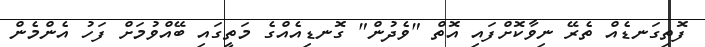
ފޮތިގަނޑެއް ތެރޭ ނިވާކޮށްފައި އޮތް "ވެދުން" ގޮނޑިއެއްގެ މަތީގައި ބޭއްވުމަށް ފަހު އެންމެން